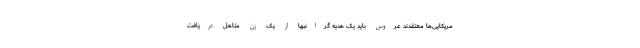
مریکایی‌ها معتقدند عروس باید یک هدیه گرانبها از یک زن متاهل دریافت